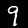
Digit: 9